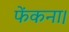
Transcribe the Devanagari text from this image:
फेंकना।